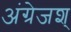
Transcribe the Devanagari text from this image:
अंग्रेजश्